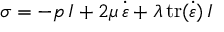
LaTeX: \, \, { \boldsymbol { \sigma } } = - p \, { \boldsymbol { I } } + 2 \mu \, { \dot { \boldsymbol { \varepsilon } } } + \lambda \, { \mathrm { t r } } ( { \dot { \boldsymbol { \varepsilon } } } ) \, { \boldsymbol { I } } \,